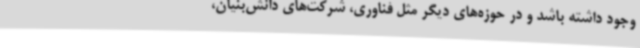
وجود داشته باشد و در حوزه‌های دیگر مثل فناوری، شرکت‌های دانش‌بنیان،